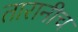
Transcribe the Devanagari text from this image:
तारानीच